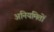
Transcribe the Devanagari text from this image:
अनियमितों